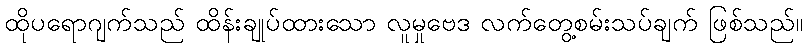
ထိုပရောဂျက်သည် ထိန်းချုပ်ထားသော လူမှုဗေဒ လက်တွေ့စမ်းသပ်ချက် ဖြစ်သည်။